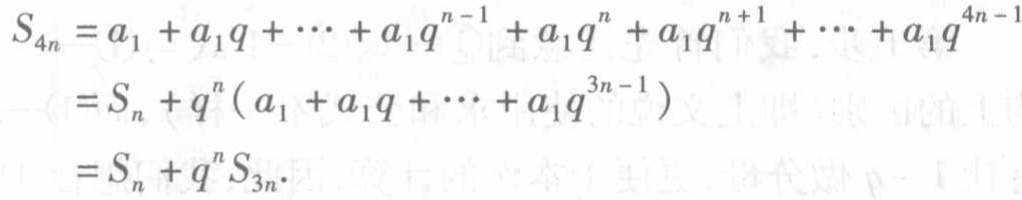
\begin{align*}
S_{4n}&=a_{1}+a_{1}q+\cdots +a_{1}q^{n - 1}+a_{1}q^{n}+a_{1}q^{n + 1}+\cdots +a_{1}q^{4n - 1}\\
&=S_{n}+q^{n}(a_{1}+a_{1}q+\cdots +a_{1}q^{3n - 1})\\
&=S_{n}+q^{n}S_{3n}.
\end{align*}